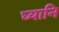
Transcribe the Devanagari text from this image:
ध्यानि